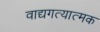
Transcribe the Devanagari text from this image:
वाद्यगत्यात्मक